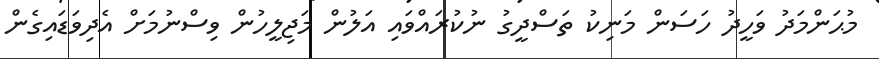
މުޙަންމަދު ވަހީދު ހަސަން މަނިކު ތަސްދީގު ނުކުރައްވައި އަލުން މަޖިލީހުން ވިސްނުމަށް އެދިވަޑައިގެން